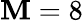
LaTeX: \mathbf{M}=8